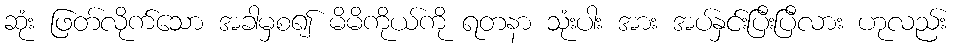
ဆုံး ဖြတ်လိုက်သော အခါမှစ၍ မိမိကိုယ်ကို ရတနာ သုံးပါး အား အပ်နှင်းပြီးပြီလား ဟုလည်း